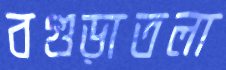
বগুড়াতলা